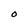
Character: O